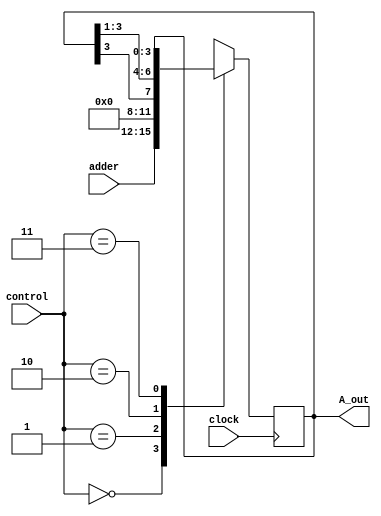
module Areg(adder, control, clock, A_out);
input [3:0] adder;
input [1:0] control;
input clock;
output [3:0] A_out;

reg [3:0] A_out;

parameter Load= 2'b00, Reset= 2'b01, Shift= 2'b10, Hold= 2'b11;

always @(posedge clock) begin
    case(control)
    Load: begin
        A_out = adder;
    end
    Reset: begin
        A_out = 4'b0000;
    end
    Shift: begin
        A_out = {A_out[3], A_out[3], A_out[2], A_out[1]};
    end
    Hold: ;
    endcase
end

endmodule